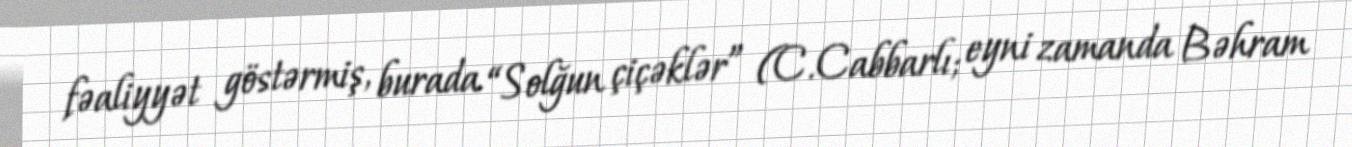
fəaliyyət göstərmiş, burada “Solğun çiçəklər” (C.Cabbarlı; eyni zamanda Bəhram